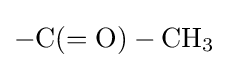
\mathrm {-C(=O)-CH_{3}}